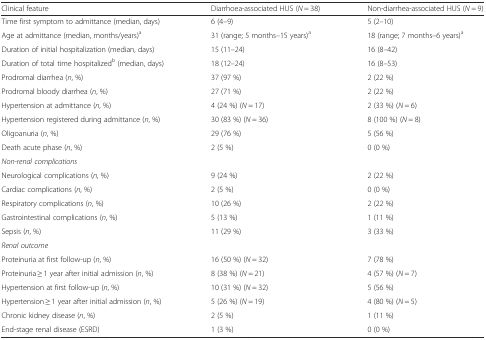
<table><thead><tr><td><b>Clinical feature</b></td><td><b>Diarrhoea-associated HUS (<i>N</i> = 38)</b></td><td><b>Non-diarrhea-associated HUS (<i>N</i> = 9)</b></td></tr></thead><tbody><tr><td>Time first symptom to admittance (median, days)</td><td>6 (4–9)</td><td>5 (2–10)</td></tr><tr><td>Age at admittance (median, months/years)<sup>a</sup></td><td>31 (range; 5 months–15 years)<sup>a</sup></td><td>18 (range; 7 months–6 years)<sup>a</sup></td></tr><tr><td>Duration of initial hospitalization (median, days)</td><td>15 (11–24)</td><td>16 (8–42)</td></tr><tr><td>Duration of total time hospitalized<sup>b</sup> (median, days)</td><td>18 (12–24)</td><td>16 (8–53)</td></tr><tr><td>Prodromal diarrhea (<i>n</i>, %)</td><td>37 (97 %)</td><td>2 (22 %)</td></tr><tr><td>Prodromal bloody diarrhea (<i>n</i>, %)</td><td>27 (71 %)</td><td>2 (22 %)</td></tr><tr><td>Hypertension at admittance (<i>n</i>, %)</td><td>4 (24 %) (<i>N</i> = 17)</td><td>2 (33 %) (<i>N</i> = 6)</td></tr><tr><td>Hypertension registered during admittance (<i>n</i>, %)</td><td>30 (83 %) (<i>N</i> = 36)</td><td>8 (100 %) (<i>N</i> = 8)</td></tr><tr><td>Oligoanuria (<i>n</i>, %)</td><td>29 (76 %)</td><td>5 (56 %)</td></tr><tr><td>Death acute phase (<i>n</i>, %)</td><td>2 (5 %)</td><td>0 (0 %)</td></tr><tr><td colspan="3"><i>Non-renal complications</i></td></tr><tr><td>Neurological complications (<i>n</i>, %)</td><td>9 (24 %)</td><td>2 (22 %)</td></tr><tr><td>Cardiac complications (<i>n</i>, %)</td><td>2 (5 %)</td><td>0 (0 %)</td></tr><tr><td>Respiratory complications (<i>n</i>, %)</td><td>10 (26 %)</td><td>2 (22 %)</td></tr><tr><td>Gastrointestinal complications (<i>n</i>, %)</td><td>5 (13 %)</td><td>1 (11 %)</td></tr><tr><td>Sepsis (<i>n</i>, %)</td><td>11 (29 %)</td><td>3 (33 %)</td></tr><tr><td colspan="3"><i>Renal outcome</i></td></tr><tr><td>Proteinuria at first follow-up (<i>n</i>, %)</td><td>16 (50 %) (<i>N</i> = 32)</td><td>7 (78 %)</td></tr><tr><td>Proteinuria ≥ 1 year after initial admission (<i>n</i>, %)</td><td>8 (38 %) (<i>N</i> = 21)</td><td>4 (57 %) (<i>N</i> = 7)</td></tr><tr><td>Hypertension at first follow-up (<i>n</i>, %)</td><td>10 (31 %) (<i>N</i> = 32)</td><td>5 (56 %)</td></tr><tr><td>Hypertension ≥ 1 year after initial admission (<i>n</i>, %)</td><td>5 (26 %) (<i>N</i> = 19)</td><td>4 (80 %) (<i>N</i> = 5)</td></tr><tr><td>Chronic kidney disease (<i>n</i>, %)</td><td>2 (5 %)</td><td>1 (11 %)</td></tr><tr><td>End-stage renal disease (ESRD)</td><td>1 (3 %)</td><td>0 (0 %)</td></tr></tbody></table>